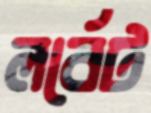
লর্বেট